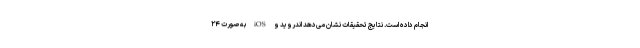
انجام داده است. نتایج تحقیقات نشان می‌دهد اندروید و iOS به‌صورت ۲۴